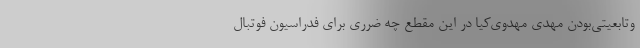
وتابعیتی‌بودن مهدی مهدوی‌کیا در این مقطع چه ضرری برای فدراسیون فوتبال